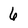
Character: 6